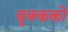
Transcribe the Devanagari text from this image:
वृक्ककों